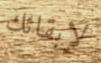
لإبقائك